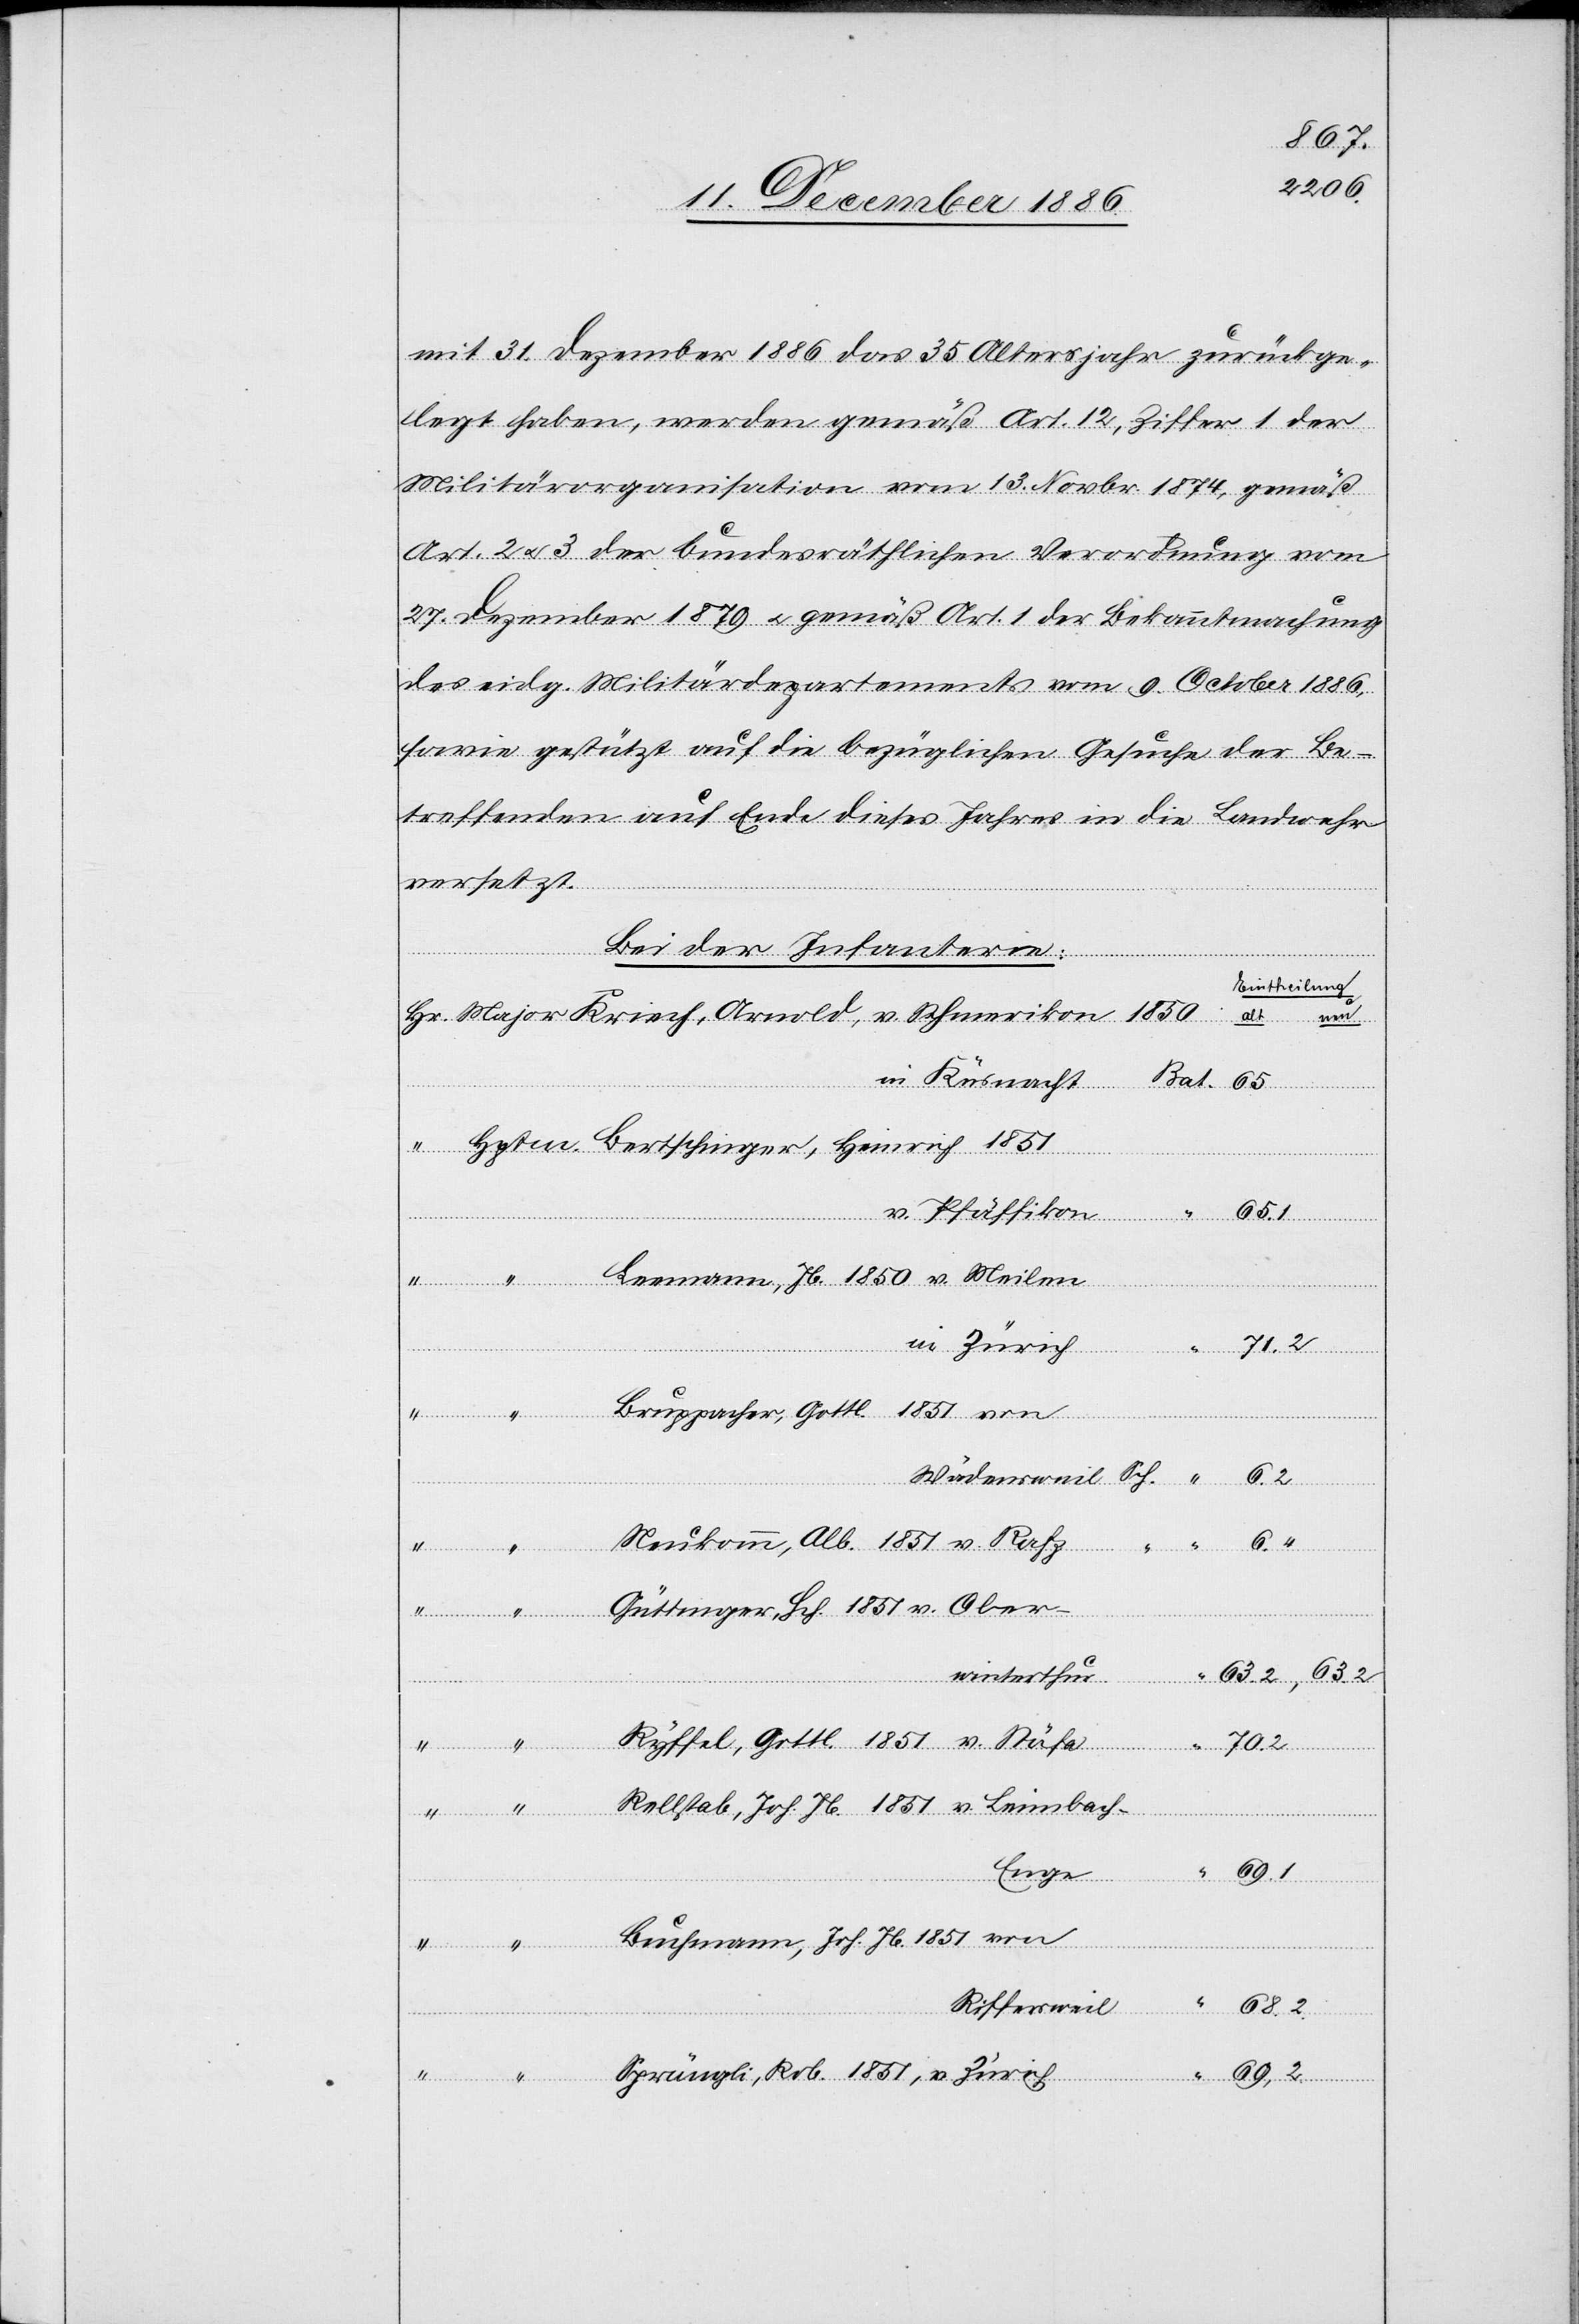
mit 31. Dezember 1886 das 35. Altersjahr zurückge¬
legt haben, werden gemäß Art. 12, Ziffer 1 der
Militärorganisation vom 13. Novbr. 1874, gemäß
Art. 2 & 3 der bundesräthlichen Verordnung vom
27. Dezember 1879 & gemäß Art. 1 der Bekanntmachung
des eidg. Militärdepartements vom 9. October 1886,
sowie gestützt auf die bezüglichen Gesuche der Be¬
treffenden auf Ende dieses Jahres in die Landwehr
versetzt.
Bei der Infanterie:
Eintheilung
Heinrich
Leemann, Jb. 1850 v. Meilen
v. Zürich
70.2
Bruppacher, Gottl. 1851 von
Rob.
Neukomm, Alb. 1851 v. Rafz “
Güttinger, Hch. 1851 v. Ober¬
winterthur
in
Rellstab, Joh. Jb. 1851 v. Leimbach
Enge
69.1
Buchmann, Joh. Jb. 1851 von
neu
Riffersweil
69,2